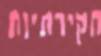
חקירתיות